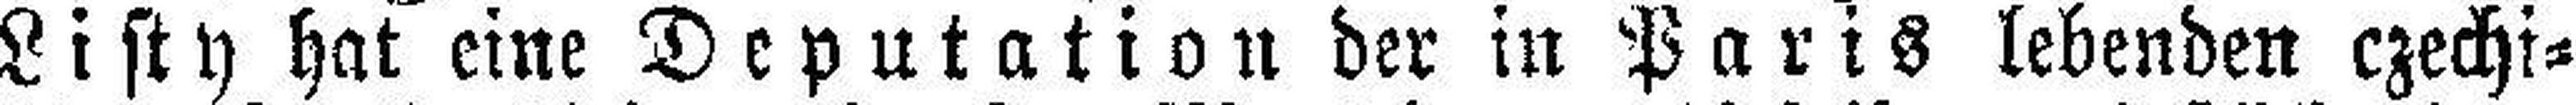
Listy hat eine Deputation der in Paris lebenden czechi¬